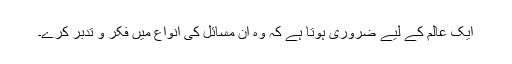
ایک عالم کے لیے ضروری ہوتا ہے کہ وہ ان مسائل کی انواع میں فکر و تدبر کرے۔